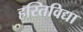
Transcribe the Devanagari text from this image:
हस्तिविद्या